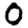
Digit: 0